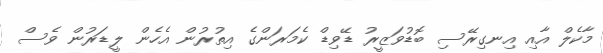
މާކެލް އާއި އިނގިރޭސި ބޮޑުވަޒީރު ޑޭވިޑް ކެމަރަންގެ އިތުރުން އެހެން ލީޑަރުން ވެސް